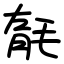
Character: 毻